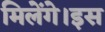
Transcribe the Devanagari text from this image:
मिलेंगे।इस